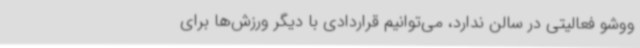
ووشو فعالیتی در سالن ندارد، می‌توانیم قراردادی با دیگر ورزش‌ها برای